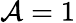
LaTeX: \mathcal{A}=1